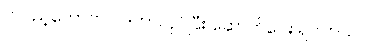
တပည့်တော်ကပဲ ဒကာလုပ်ပြီး ဆောက်ပေး ရပါတယ်။